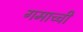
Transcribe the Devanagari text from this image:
गमाच्ची